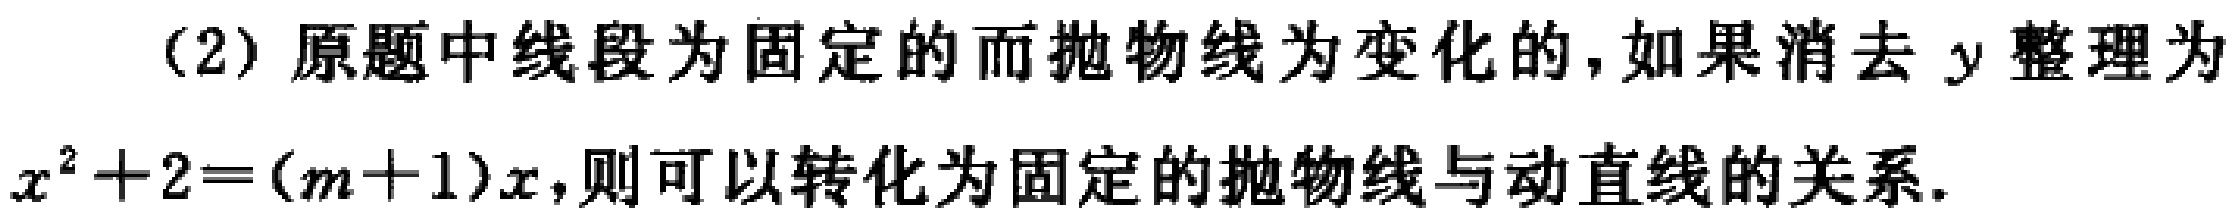
(2) 原题中线段为固定的而抛物线为变化的，如果消去 \(y\) 整理为

\(x^{2}+2=(m + 1)x\)，则可以转化为固定的抛物线与动直线的关系.